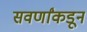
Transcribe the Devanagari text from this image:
सवर्णांकडून